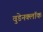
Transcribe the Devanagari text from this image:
वुडेनक्लॉक